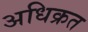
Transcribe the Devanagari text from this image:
अधिक्रत